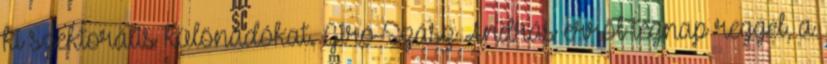
ki szektorális különadókat. Giró-Szász András erről tegnap reggel, a